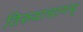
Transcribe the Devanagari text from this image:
तिरुवाचागम्‌